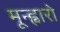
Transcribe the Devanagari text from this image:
मून्ह्वारो